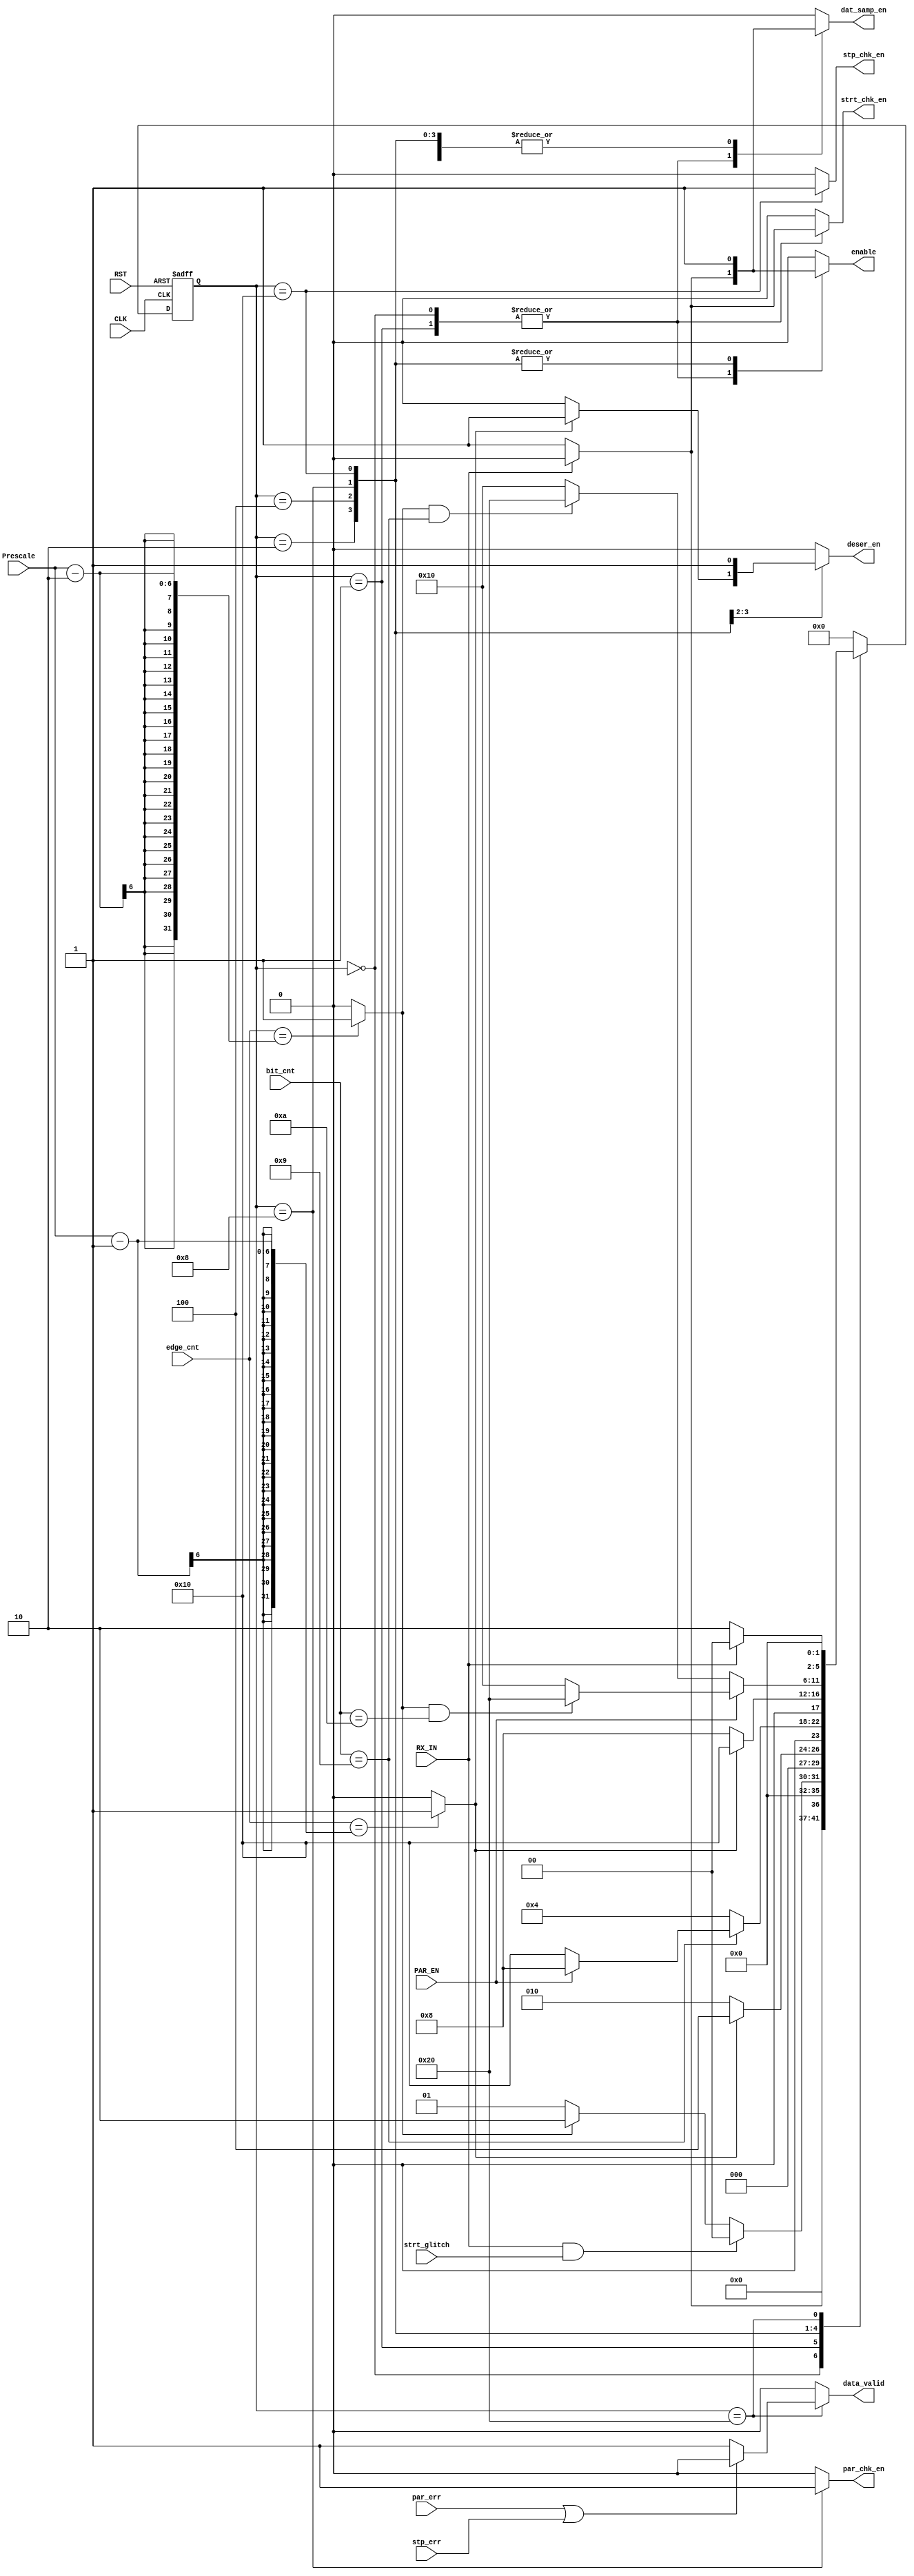
module FSM (
	input wire 		 CLK ,
	input wire  	 RST , 
	input wire [5:0] edge_cnt ,
	input wire [5:0] bit_cnt ,
	input wire   	 RX_IN ,
	input wire [5:0] Prescale ,

	input wire stp_err ,
	input wire strt_glitch ,
	input wire par_err ,
	input wire PAR_EN ,

	output reg dat_samp_en ,
	output reg par_chk_en ,
	output reg strt_chk_en ,
	output reg stp_chk_en ,
	output reg data_valid ,
	output reg deser_en ,
	output reg enable 

	);

	localparam IDLE    = 6'b00_0000 ;
	localparam STR_CHK = 6'b00_0001 ;
	localparam STR     = 6'b00_0010 ;
	localparam DATA    = 6'b00_0100 ;
	localparam PAR     = 6'b00_1000 ;
	localparam STP     = 6'b01_0000 ;
	localparam ERR_CHK = 6'b10_0000 ;


	reg [5:0] ns , cs ;
	reg 	  PAR_EN_DELAYED ;
	wire  	  Prescale_minus_one ;
	wire  	  Prescale_minus_two ;

	assign Prescale_minus_one = (edge_cnt == Prescale-'d1) ? 1'b1 : 1'b0 ;
	assign Prescale_minus_two = (edge_cnt == Prescale-'d2) ? 1'b1 : 1'b0 ;

// state memory 
	always @(posedge CLK or negedge RST) begin

		if (~RST) begin
			cs <= IDLE ;
		end

		else begin
			cs <= ns ; 
		end

	end

// 

always @(posedge CLK or negedge RST) begin
	if(~RST) begin
		PAR_EN_DELAYED <= 0;
	end 
	else begin
		PAR_EN_DELAYED <= PAR_EN;
	end
end


// ns logic 
	always @ (*)begin
		case(cs)
			IDLE : begin
				if (!RX_IN) begin 
					ns = STR_CHK ;
				end
				else begin
					ns = IDLE ;
				end
			end 

			STR_CHK : begin

				if (RX_IN && strt_glitch)
					ns = IDLE ;
				
				else if (Prescale_minus_two)  // after sampling the bit
					ns = STR ;

				else ns = STR_CHK ;
				
			end 

			STR : begin
				if (Prescale_minus_one) begin // waiting the bit to finish 
					ns = DATA ;
				end
				else begin
					ns = STR ;
				end
			end 

			DATA : begin
				if (bit_cnt == 6'd9) begin 
					if(PAR_EN) ns = PAR ;
					
					else       ns = STP ;
				end
				else begin
					ns = DATA ;
				end
			end 

			PAR : begin // after sampling (edge_cnt > 9)
				if (Prescale_minus_one)  
					ns = STP ;

				else ns = PAR ;
			end 


			STP : begin

				if (PAR_EN) begin
					if((Prescale_minus_two) && (bit_cnt == 10)) begin // finish
						ns = ERR_CHK ;
					end
					
					else begin
						ns = STP ;
					end
				end

				else begin
		 			if((Prescale_minus_two) && (bit_cnt == 9)) begin // finish
		 				ns = ERR_CHK ;
					end
					
		
					else begin
						ns = STP ;
					end
				end
			end 

			ERR_CHK : begin
				if (!RX_IN) ns = STR ;
				else  	    ns = IDLE ;

			end

			default : ns = IDLE ;

		endcase
	end


// output logic 
	always @ (*) begin 

			// default values 
				dat_samp_en   = 1'b0 ;
				enable 		  = 1'b0 ;

				par_chk_en	  = 1'b0 ;
				strt_chk_en   = 1'b0 ;
				stp_chk_en    = 1'b0 ;

				deser_en      = 1'b0 ;
				data_valid    = 1'b0 ;


		case(cs)
			IDLE : begin

				if (!RX_IN) begin 
					dat_samp_en   = 1'b1 ;
					enable 		  = 1'b1 ;
					strt_chk_en   = 1'b1 ;
				end

				else begin
				
					dat_samp_en   = 1'b0 ;
					enable 		  = 1'b0 ;
					strt_chk_en   = 1'b0 ;
				end

				
			end 

			STR_CHK : begin
				if(!RX_IN) begin
					dat_samp_en   = 1'b1 ;
					enable 		  = 1'b1 ;
					strt_chk_en   = 1'b1 ;
					
				end
			end 

			STR : begin

				dat_samp_en   = 1'b1 ;
				enable 		  = 1'b1 ;
				strt_chk_en   = 1'b0 ;

				if (Prescale_minus_one) begin 
					strt_chk_en   = 1'b0 ;
					deser_en      = 1'b1 ;
				end
			end 

			DATA : begin
					dat_samp_en   = 1'b1 ;
					enable 		  = 1'b1 ;
					deser_en      = 1'b1 ;

			end 

			PAR : begin
				dat_samp_en   = 1'b1 ;
				par_chk_en	  = 1'b1 ;
				enable    	  = 1'b1 ;

			end 
 

			
			STP : begin
				dat_samp_en   = 1'b1 ;
				enable 		  = 1'b1 ;
				stp_chk_en	  = 1'b1 ;
				enable 	      = 1'b1 ;
								
			end

			ERR_CHK : begin
				dat_samp_en   = 1'b1 ;
				enable 		  = 1'b0 ;
				stp_chk_en	  = 1'b0 ;
				enable 	      = 1'b0 ;

				if (par_err | stp_err)  data_valid = 1'b0 ;
				else  	 			    data_valid = 1'b1 ;

			end

			default : begin
				dat_samp_en   = 1'b0 ;
				enable 		  = 1'b0 ;

				par_chk_en	  = 1'b0 ;
				strt_chk_en   = 1'b0 ;
				stp_chk_en    = 1'b0 ;

				deser_en      = 1'b0 ;
				data_valid    = 1'b0 ;

			end

		endcase

	end 

endmodule 









////////////////////////////////
////////////////////////////////
///////////////////////////////
///////////////////////////////
////////////////////////////////
/////////////////////////////////
///////////////////////////////